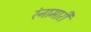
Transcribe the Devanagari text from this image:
रंनामारी